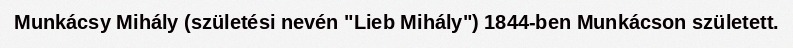
Munkácsy Mihály (születési nevén "Lieb Mihály") 1844-ben Munkácson született.